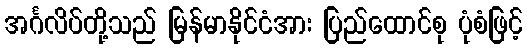
အင်္ဂလိပ်တို့သည် မြန်မာနိုင်ငံအား ပြည်ထောင်စု ပုံစံဖြင့်